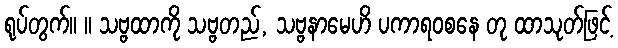
ရုပ်တွက်။ ။ သဗ္ဗထာကို သဗ္ဗတည်, သဗ္ဗနာမေဟိ ပကာရဝစနေ တု ထာသုတ်ဖြင့်